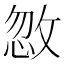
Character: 𪯏